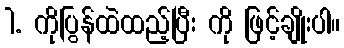
1. ကိုပြွန်ထဲထည့်ပြီး ကို ဖြင့်ချိုးပါ။